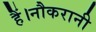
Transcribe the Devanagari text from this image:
हैं।नौकरानी